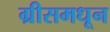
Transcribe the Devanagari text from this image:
ग्रीसमधून